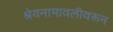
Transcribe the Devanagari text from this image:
श्रेयनामावलीवरून